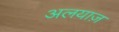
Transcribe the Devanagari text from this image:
अलयाज़